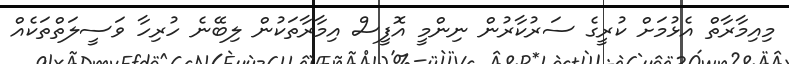
މިއިމާރާތް އެޅުމަށް ކުރީގެ ސަރުކާރުން ނިންމީ އޮފީސް އިމާރާތަކުން ލިބޭނެ ހުރިހާ ވަސީލަތްތަކެއް